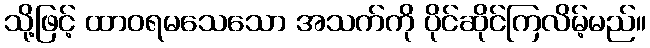
သို့ဖြင့် ထာဝရမသေသော အသက်ကို ပိုင်ဆိုင်ကြလိမ့်မည်။